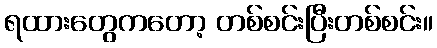
ရထားတွေကတော့ တစ်စင်းပြီးတစ်စင်း။